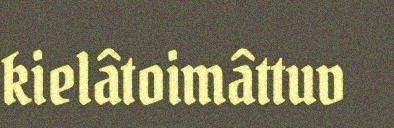
kielâtoimâttuv